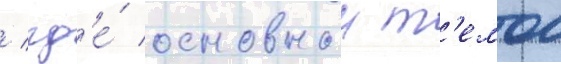
/ гд'е́ основнои т'емои